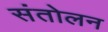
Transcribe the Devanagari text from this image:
संतोलन